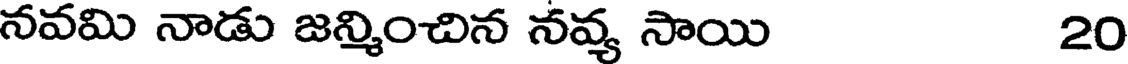
నవమి నాడు జన్మించిన నవ్య సాయి 20